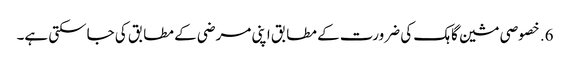
6. خصوصی مشین گاہک کی ضرورت کے مطابق اپنی مرضی کے مطابق کی جاسکتی ہے۔